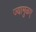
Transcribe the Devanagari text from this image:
ज्यामुळए